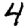
Digit: 4